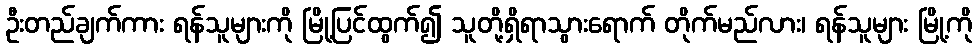
ဦးတည်ချက်ကား ရန်သူများကို မြို့ပြင်ထွက်၍ သူတို့ရှိရာသွားရောက် တိုက်မည်လား၊ ရန်သူများ မြို့ကို